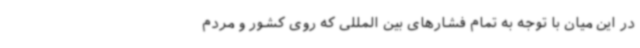
در این میان با توجه به تمام فشارهای بین المللی که روی کشور و مردم